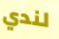
لندي